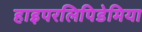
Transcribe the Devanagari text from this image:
हाइपरलिपिडेमिया